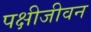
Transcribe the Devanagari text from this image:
पक्षीजीवन